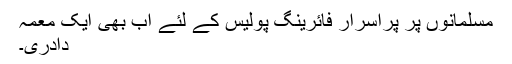
مسلمانوں پر پراسرار فائرینگ پولیس کے لئے اب بھی ایک معمہ
دادری۔